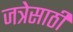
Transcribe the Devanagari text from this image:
जत्रेसाठी